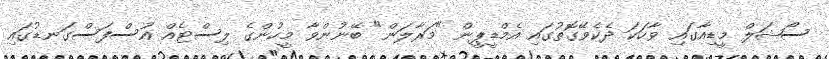
ސޯޝަލް މީޑިއާގައި ވާހަކަ ދެކެވޭގޮތުގައި އެމްޑީޕީން "މަރާލަން" ބޭނުންވާ މީހުންގެ ލިސްޓެއް އުސްފަސްގަނޑުގައި